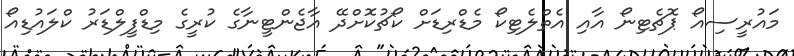
މައުރީސިއޯ ޕޮޗެޓިނޯ އާއި އެތްލެޓިކޯ މެޑްރިޑަށް ކޯޗުކޮށްދޭ އާޖެންޓީނާގެ ކުރީގެ މިޑްފީލްޑަރު ކްލައުޑިއޯ